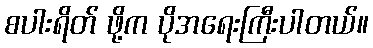
စပါးရိတ် ဖို့က ပိုအရေးကြီးပါတယ်။